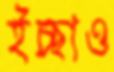
ইচ্ছাও